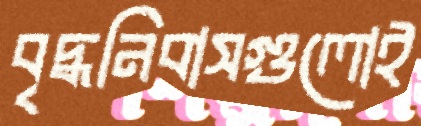
বৃদ্ধনিবাসগুলোই